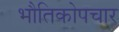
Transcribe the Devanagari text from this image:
भौतिकोपचार